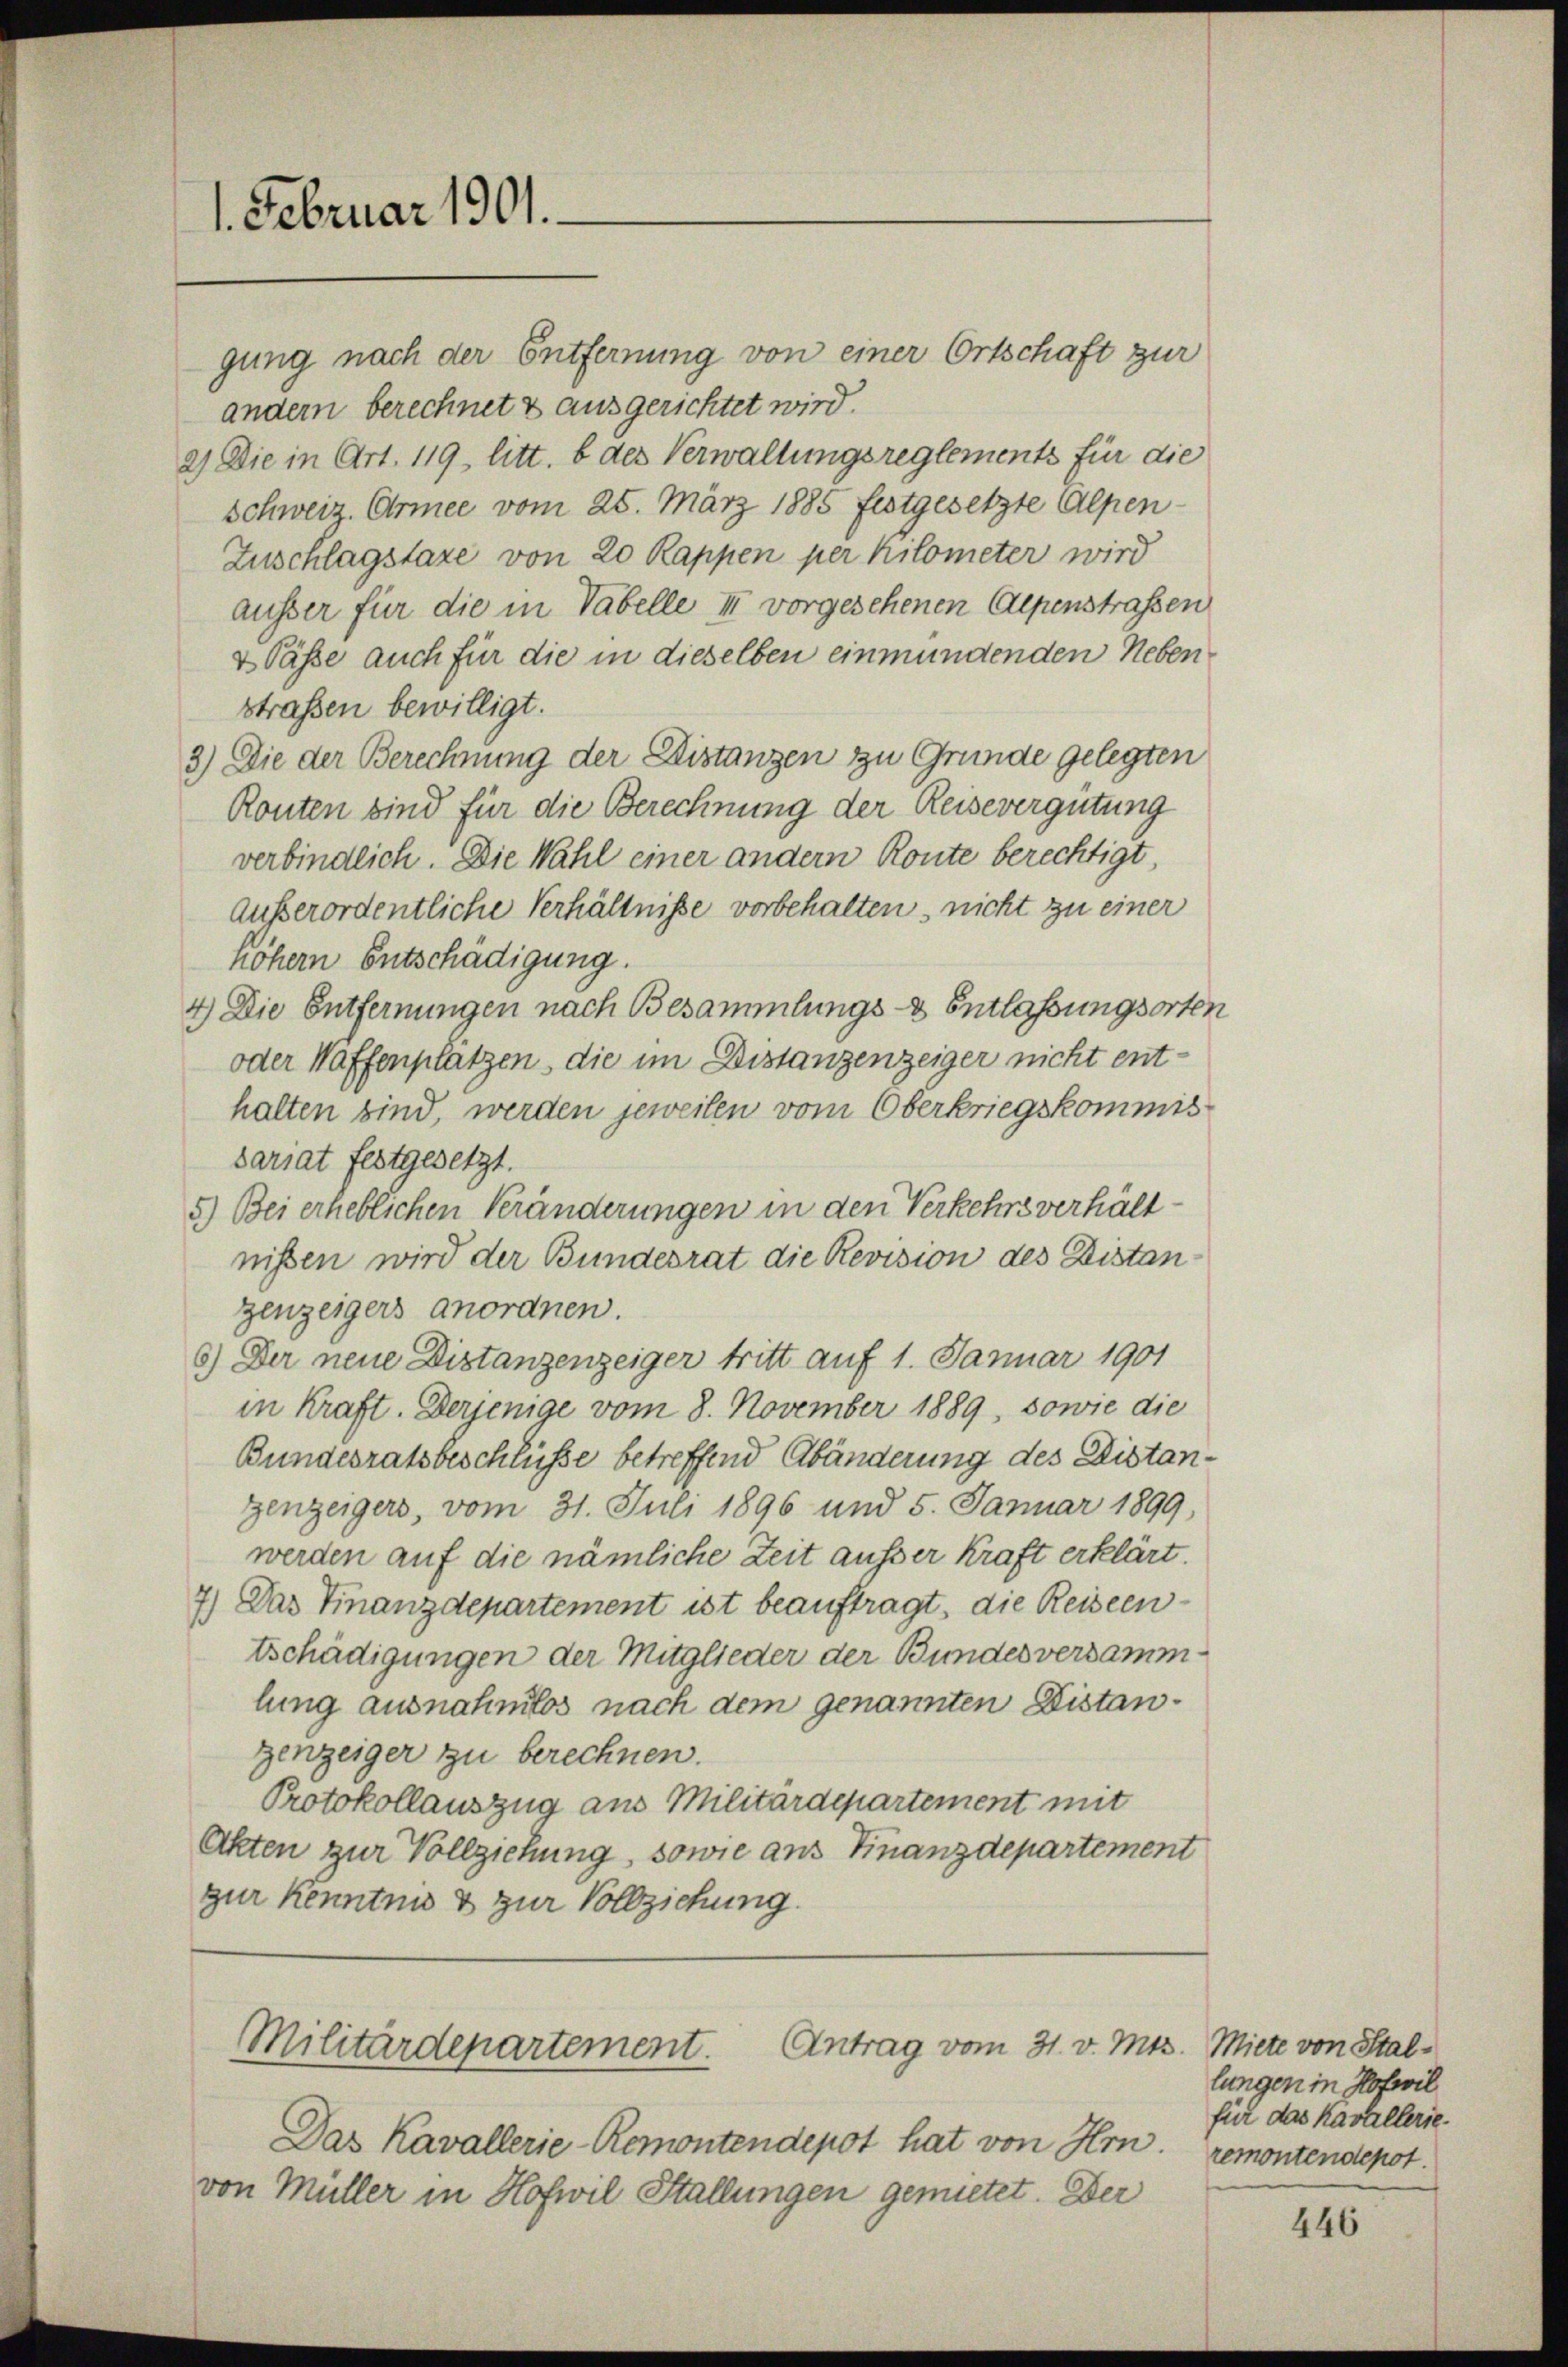
1. Februar 1901.

gung nach der Entfernung von einer Ortschaft zur
andern berechnet & ausgerichtet wird.
2) Die in Art. 119, litt. b des Verwaltungsreglements für die
Schweiz. Armee vom 25. März 1885 festgesetzte Alpen-
Zuschlagstaxe von 20 Rappen per hilometer wird
ausser für die in Vabelle II vorgesehenen Alpenstrassen
& Pässe auch für die in dieselben einmündenden Nebenstraßen bewilligt.
3.) Die der Berechnung der Distanzen zu Grunde gelegten
Ronten sind für die Berechnung der Reisevergütung
verbindlich. Die Wahl einer andern Konte berechtigt,
außerordentliche Verhältnisse vorbehalten, nicht zu einer
höhern Entschädigung.
4) Die Entfernungen nach Besammlungs- & Entlassungsorten
oder Waffenplätzen, die im Distanzenzeiger nicht enthalten sind, werden jeweilen vom Oberkriegskommissariat festgesetzt.
5.) Bei erheblichen Veränderungen in den Verkehrsverhältnissen wird der Bundesrat die Revision des Distanzenzeigers anordnen.
6) Der neue Distanzenzeiger tritt auf 1. Januar 1901
in Kraft. Derjenige vom 8. November 1889, sowie die
Bundesratsbeschlüsse betreffend Abänderung des Distangenzeigers, vom 31. Juli 1896 und 5. Januar 1899,
werden auf die nämliche Zeit ausser Kraft erklärt.
7.) Das Finanzdepartement ist beauftragt, die Reiseentschädigungen der Mitglieder der Bundesversammlung ausnahmlos nach dem genannten Distangenzeiger zu berechnen.
Protokollauszug aus Militärdepartement mit
Akten zur Vollziehung, sowie aus Finanzdepartement
zur Kenntnis & zur Vollziehung.

Antrag vom 31. v. Mts.
Militärdepartement.

Das Kavallerie-Remontendepot hat von Hrn.
von Müller in Hofwil Stallungen gemietet. Der

Miete von Stallungen in Profeil
für das Kavallerie.
remontendepot.

446